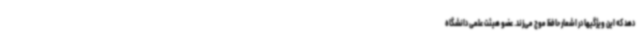
دهد که این ویژگیها در اشعار حافظ موج می‌زند. عضو هیئت علمی دانشگاه